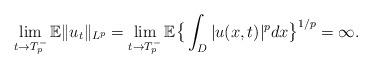
LaTeX: \begin{align*}\lim_{t\rightarrow T^{-}_{p}}\mathbb{E}\|u_{t}\|_{L^{p}}=\lim_{t\rightarrow T^{-}_{p}}\mathbb{E}\big\{\int_{D}|u(x,t)|^{p}dx\big\}^{1/p}=\infty.\end{align*}